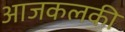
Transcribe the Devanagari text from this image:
आजकलकी